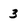
Character: 3